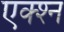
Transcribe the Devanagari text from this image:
एक्श्‍न